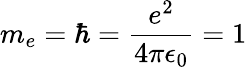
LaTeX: m_{e}=\hbar=\frac{e^{2}}{4\pi\epsilon_{0}}=1